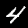
Digit: 4